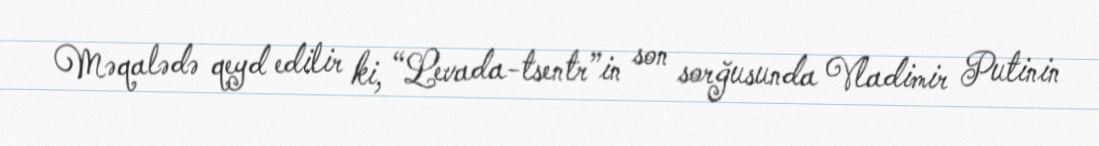
Məqalədə qeyd edilir ki, “Levada-tsentr”in son sorğusunda Vladimir Putinin